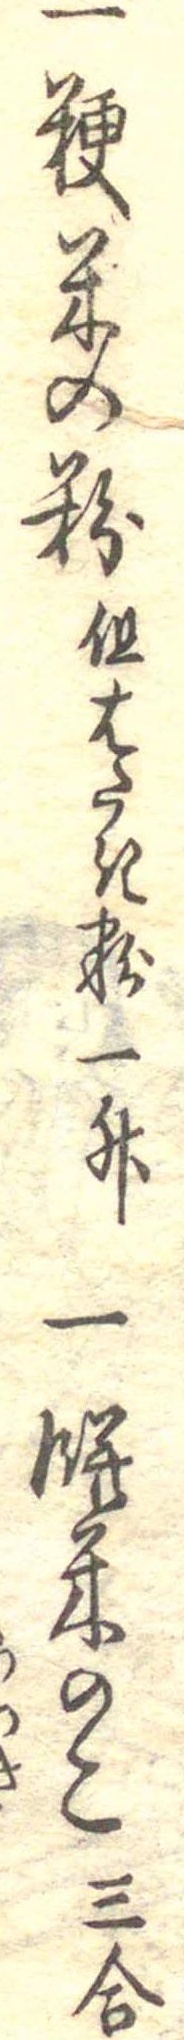
一粳米の粉但はたき粉一升一餅米のこ三合